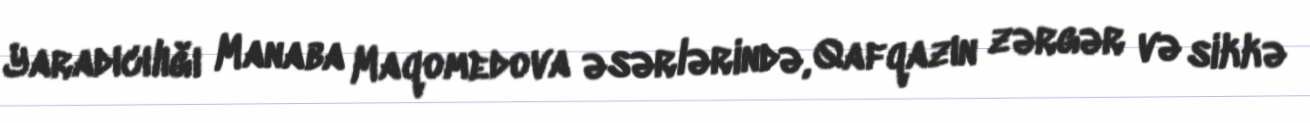
Yaradıcılığı Manaba Maqomedova əsərlərində, Qafqazın zərgər və sikkə